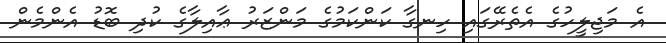
އެ މަޖިލީހުގެ އެތެރޭގައި ހިނގާ ކަންކަމުގެ މަންޒަރު ޢާއިލާގެ ކުދި ބޮޑު އެންމެން